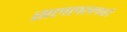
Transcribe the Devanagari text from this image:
सललल्लाहो